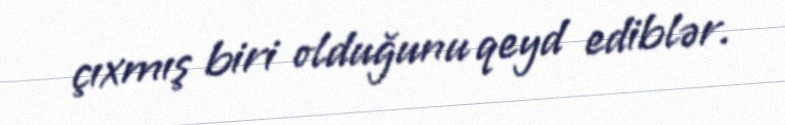
çıxmış biri olduğunu qeyd ediblər.